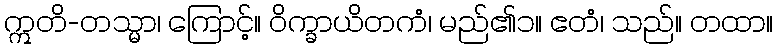
ဣတိ-တသ္မာ၊ ကြောင့်။ ဝိက္ခာယိတကံ၊ မည်၏၁။ ဧတံ၊ သည်။ တထာ။